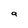
Character: a